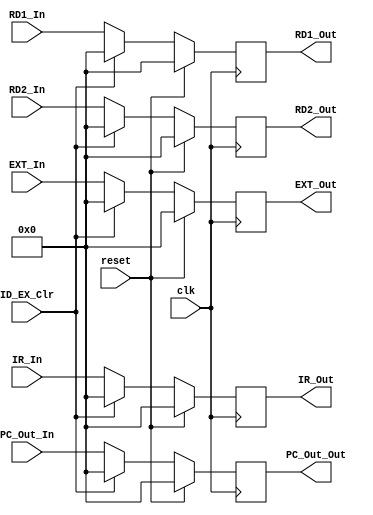
`timescale 1ns / 1ps
//////////////////////////////////////////////////////////////////////////////////
// Company: 
// Engineer: 
// 
// Design Name: 
// Module Name:    ID_EX 
// Project Name: 
// Target Devices: 
// Tool versions: 
// Description: 
//
// Dependencies: 
//
// Revision: 
// Revision 0.01 - File Created
// Additional Comments: 
//
//////////////////////////////////////////////////////////////////////////////////
module ID_EX(
    input clk,
	 input reset,
	 input ID_EX_Clr,
	 input [31:0] IR_In,
	 input [31:0] PC_Out_In,
	 input [31:0] RD1_In,
	 input [31:0] RD2_In,
	 input [31:0] EXT_In,
	 output [31:0] IR_Out,
	 output [31:0] PC_Out_Out,
	 output [31:0] RD1_Out,
	 output [31:0] RD2_Out,
	 output [31:0] EXT_Out
    );
	 
	 reg [31:0] IR;
	 reg [31:0] PC;
	 reg [31:0] RD1;
	 reg [31:0] RD2;
	 reg [31:0] EXT;
	 
	 assign IR_Out = IR;
	 assign PC_Out_Out = PC;
	 assign RD1_Out = RD1;
	 assign RD2_Out = RD2;
	 assign EXT_Out = EXT;
	 
	 initial begin
	    IR = 32'h00000000;
		 PC = 32'h00000000;
		 RD1 = 32'h00000000;
		 RD2 = 32'h00000000;
		 EXT = 32'h00000000;
	 end
	 
	 always  @ (posedge clk) begin
	    
		 if (reset == 1) begin
		    IR <= 32'h00000000;
			 PC <= 32'h00000000;
		    RD1 <= 32'h00000000;
		    RD2 <= 32'h00000000;
		    EXT <= 32'h00000000;
		 end
		 
		 else if (ID_EX_Clr == 1) begin
		    IR <= 32'h00000000;
			 PC <= 32'h00000000;
		    RD1 <= 32'h00000000;
		    RD2 <= 32'h00000000;
		    EXT <= 32'h00000000;
		 end
		 
		 else begin
		    IR <= IR_In;
			 PC <= PC_Out_In;
			 RD1 <= RD1_In;
			 RD2 <= RD2_In;
			 EXT <= EXT_In;
		 end
		 
	 end
			 
endmodule